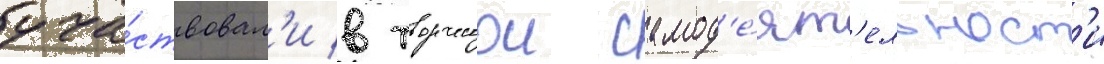
уча́ствовал'и в творческои самод'е́ят'ельност'и